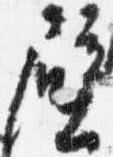
壁